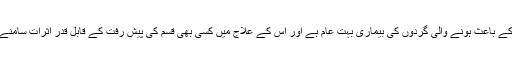
ذیابیطس کے باعث ہونے والی گردوں کی بیماری بہت عام ہے اور اس کے علاج میں کسی بھی قسم کی پیش رفت کے قابلِ قدر اثرات سامنے آئیں گے۔